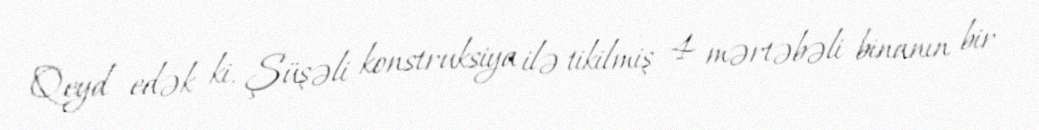
Qeyd edək ki, Şüşəli konstruksiya ilə tikilmiş 4 mərtəbəli binanın bir